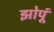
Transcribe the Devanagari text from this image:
झोपूं